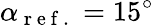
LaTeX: \alpha_{\mathrm{~r~e~f~.~}}=15^{\circ}